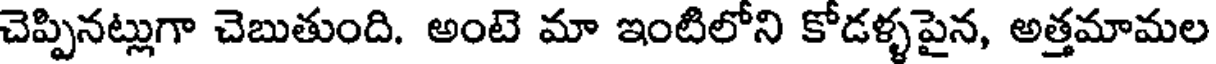
చెప్పినట్లుగా చెబుతుంది. అంటె మా ఇంటిలోని కోడళ్ళపైన, అత్తమామల